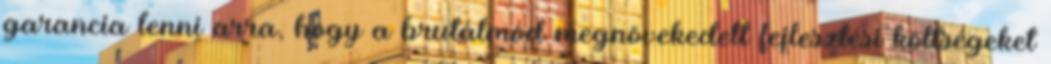
garancia lenni arra, hogy a brutálmód megnövekedett fejlesztési költségeket